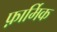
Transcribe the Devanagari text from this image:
फ़ार्मिक